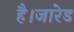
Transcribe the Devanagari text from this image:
है।जारेड